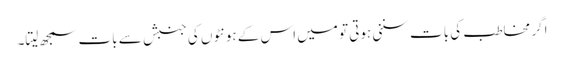
اگر مخاطب کی بات سننی ہوتی تو میں اس کے ہونٹوں کی جنبش سے بات سمجھ لیتا۔